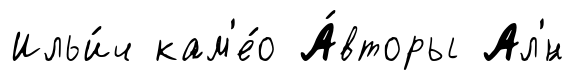
Ильи́ч кам'е́о А́вторы Ал'́н